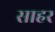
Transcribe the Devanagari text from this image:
साहर